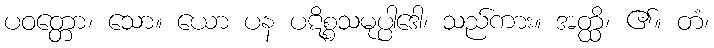
ပဝတ္တော၊ သော။ ယော ပန ပဋိစ္စသမုပ္ပါဒေါ၊ သည်ကား။ အတ္ထိ၊ ၏။ တံ၊